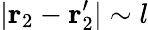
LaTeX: |\mathbf{r}_{2}-\mathbf{r}_{2}^{\prime}|\sim l